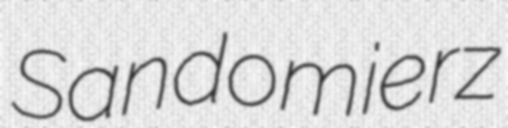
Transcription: Sandomierz